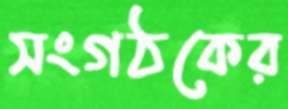
সংগঠকের